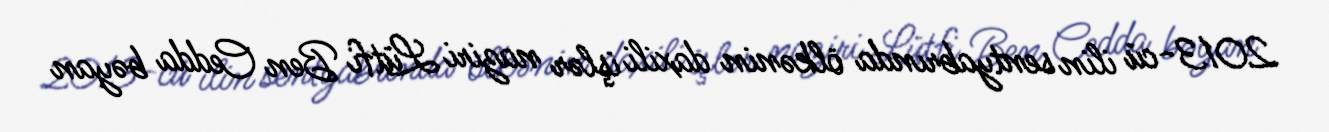
2013-cü ilin sentyabrında ölkənin daxili işlər naziri Lütfi Ben Cedda bəyan